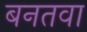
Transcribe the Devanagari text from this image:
बनतवा